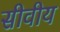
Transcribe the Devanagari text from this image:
सीवीय